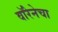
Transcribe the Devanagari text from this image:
वॉरेनेचा